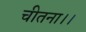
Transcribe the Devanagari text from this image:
चीतना।।